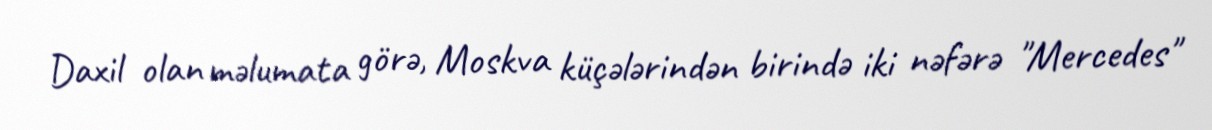
Daxil olan məlumata görə, Moskva küçələrindən birində iki nəfərə "Mercedes"